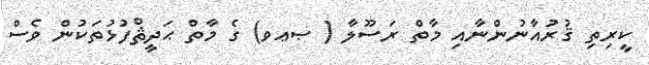
ކީރިތި ޤުރުއާނުންނާއި މާތް ރަސޫލާ ( ޞޢވ) ގެ މާތް ޙަދީޘްފުޅުތަކުން ވެސް